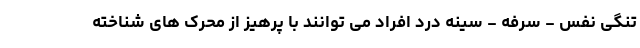
تنگی نفس - سرفه - سینه درد افراد می توانند با پرهیز از محرک های شناخته